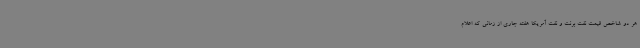
هر دو شاخص قیمت نفت برنت و نفت آمریکا هفته جاری از زمانی که اعلام